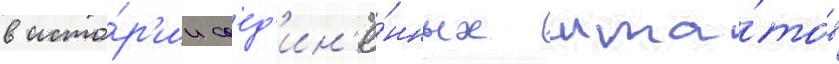
в исто́р'ии соед'ин'ё́нных шта́тов